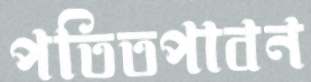
পতিতপাবন